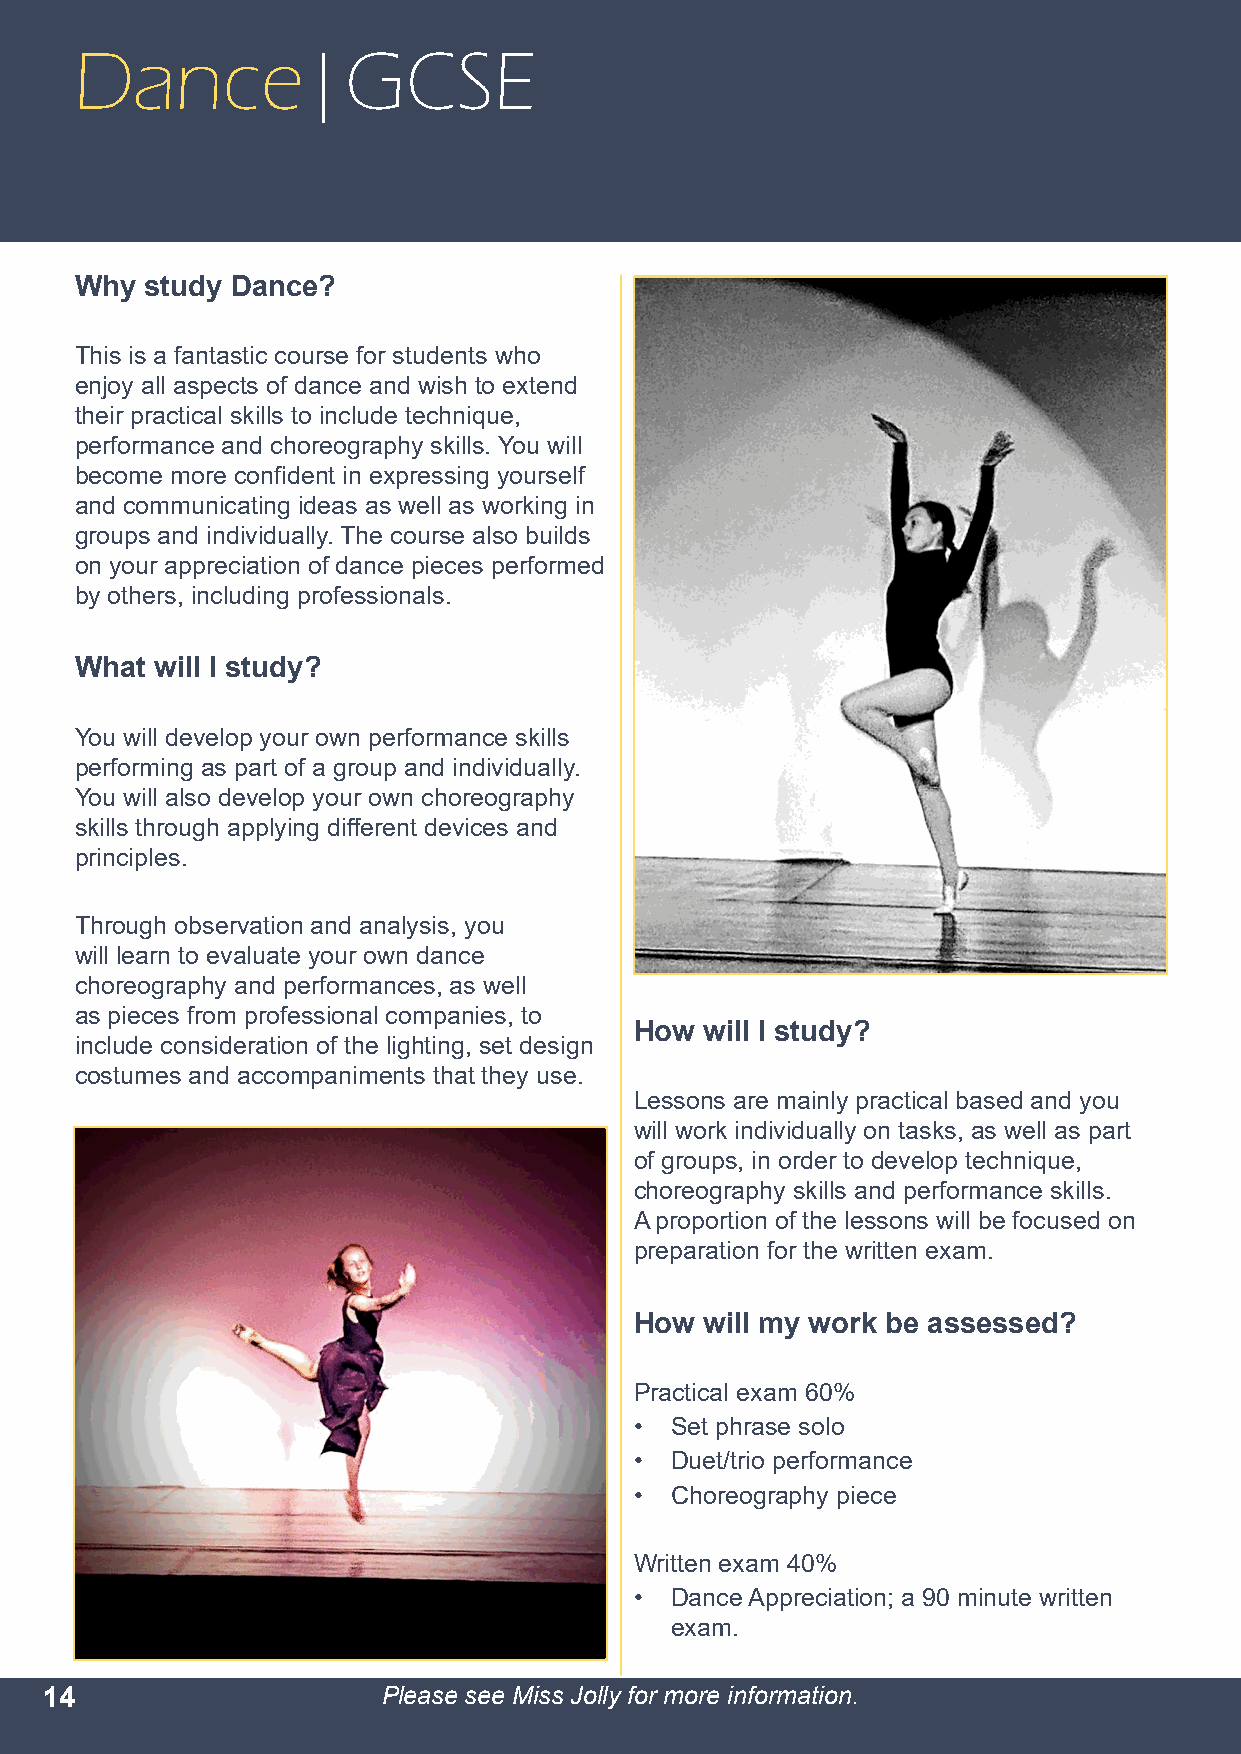
Dance|GCSE
 Why  study Dance?
 This is a fantastic course for students who
 enjoy all aspects of dance and wish to extend
 their practical skills to include technique,
 performance and choreography skills. You will
 become more confident in expressing yourself
 and communicating ideas as well as working in
 groups and individually. The course also builds
 on your appreciation of dance pieces performed
 by others, including professionals.
 What will I study?
 You will develop your own performance skills
 performing as part of a group and individually.
 You will also develop your own choreography
 skills through applying different devices and
 principles.
 Through observation and analysis, you
 will learn to evaluate your own dance
 choreography and performances, as well
 as pieces from professional companies, to
 How  will I study?
 include consideration of the lighting, set design
 costumes and accompaniments that they use.
 Lessons are mainly practical based and you
 will work individually on tasks, as well as part
 of groups, in order to develop technique,
 choreography skills and performance skills.
 A proportion of the lessons will be focused on
 preparation for the written exam.
 How  will my work be assessed?
 Practical exam 60%
 • Set phrase solo
 • Duet/trio performance
 • Choreography piece
 Written exam 40%
 • Dance Appreciation; a 90 minute written
 exam.
 14                    Please see Miss Jolly for more information.